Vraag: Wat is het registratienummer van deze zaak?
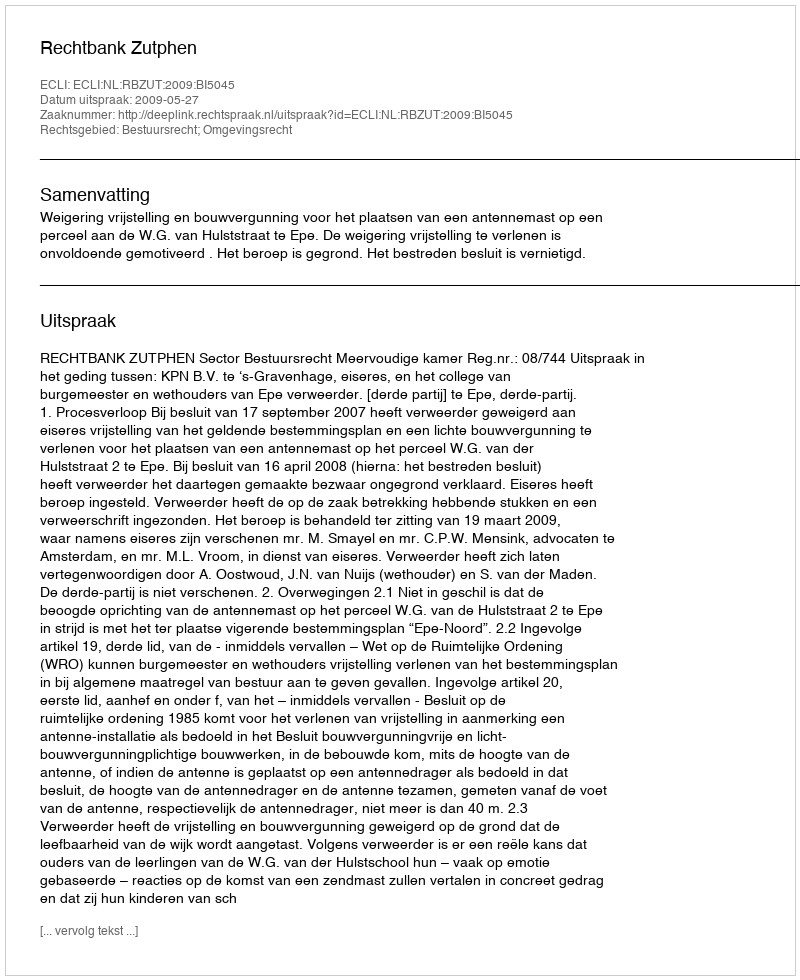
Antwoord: http://deeplink.rechtspraak.nl/uitspraak?id=ECLI:NL:RBZUT:2009:BI5045